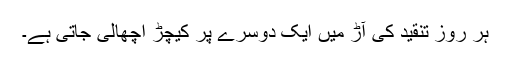
ہر روز تنقید کی آڑ میں ایک دوسرے پر کیچڑ اچھالی جاتی ہے۔